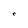
Character: r